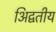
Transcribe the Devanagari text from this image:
अिद्वतीय